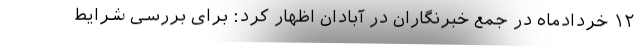
۱۲ خردادماه در جمع خبرنگاران در آبادان اظهار کرد: برای بررسی شرایط